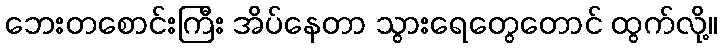
ဘေးတစောင်းကြီး အိပ်နေတာ သွားရေတွေတောင် ထွက်လို့။